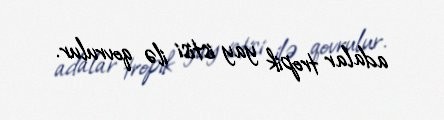
adalar tropik yay istisi ilə qovrulur.